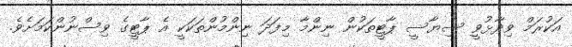
އަކުރަމް ވިދާޅުވީ ސިޔާސީ ޕާޓީތަކުން ނިންމާ މިފަދަ ނިންމުންތަކަކީ އެ ޕާޓީގެ ވިސްނުންކަމަށެވެ.